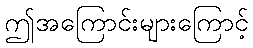
ဤအကြောင်းများကြောင့်